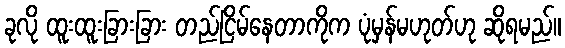
ခုလို ထူးထူးခြားခြား တည်ငြိမ်နေတာကိုက ပုံမှန်မဟုတ်ဟု ဆိုရမည်။